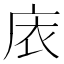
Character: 庡